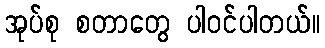
အုပ်စု စတာတွေ ပါဝင်ပါတယ်။